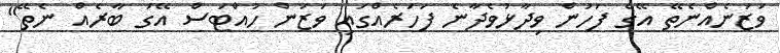
ވަޒަނެއްނެތޭ އޭގެ ފަހުން ވިދާޅުވެދާނެ ފަހަރެއްގައި ވަޒަން ހުއްޓަސް އޭގަ ބާރެއް ނެތޭ"